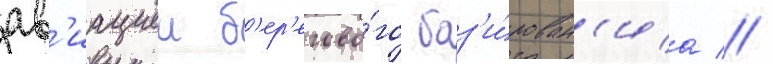
ав'иациеи б'ер'егово́го баз'и́рован'иа //